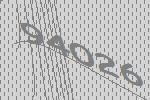
94026